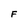
Character: F